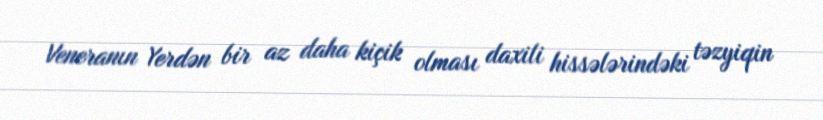
Veneranın Yerdən bir az daha kiçik olması daxili hissələrindəki təzyiqin